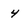
Character: 4